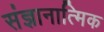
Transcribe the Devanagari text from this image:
संज्ञानात्मिक